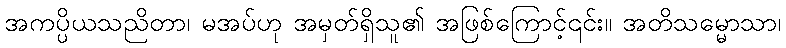
အကပ္ပိယသညိတာ၊ မအပ်ဟု အမှတ်ရှိသူ၏ အဖြစ်ကြောင့်၎င်း။ အတိသမ္မောသာ၊